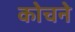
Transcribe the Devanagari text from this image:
कोचने